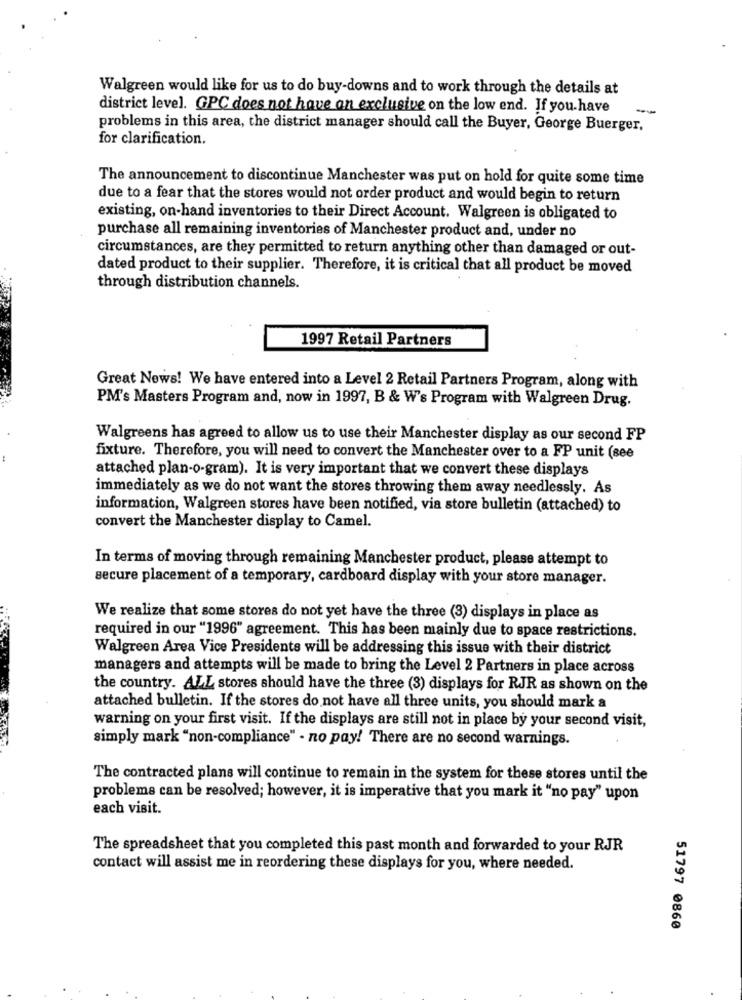
Walgreen would like for us to do buy-downs and to work through the details at
district level. GPC does not have an exclusive on the low end. If you have
-
problems in this area, the district manager should call the Buyer, George Buerger,
for clarification.
The announcement to discontinue Manchester was put on hold for quite some time
due to a fear that the stores would not order product and would begin to return
existing, on-hand inventories to their Direct Account. Walgreen is obligated to
purchase all remaining inventories of Manchester product and, under no
circumstances, are they permitted to return anything other than damaged or out-
dated product to their supplier. Therefore, it is critical that all product be moved
through distribution channels.
1997 Retail Partners
Great News! We have entered into a Level 2 Retail Partners Program, along with
PM's Masters Program and, now in 1997, B & W's Program with Walgreen Drug.
Walgreens has agreed to allow us to use their Manchester display as our second FP
fixture. Therefore, you will need to convert the Manchester over to a FP unit (see
attached plan-o-gram). It is very important that we convert these displays
immediately as we do not want the stores throwing them away needlessly. As
information, Walgreen stores have been notified, via store bulletin (attached) to
convert the Manchester display to Camel.
In terms of moving through remaining Manchester product, please attempt to
secure placement of a temporary, cardboard display with your store manager.
We realize that some stores do not yet have the three (3) displays in place as
required in our "1996" agreement. This has been mainly due to space restrictions.
Walgreen Area Vice Presidents will be addressing this issue with their district
managers and attempts will be made to bring the Level 2 Partners in place across
the country. ALL stores should have the three (3) displays for RJR as shown on the
attached bulletin. If the stores do not have all three units, you should mark a
warning on your first visit. If the displays are still not in place by your second visit,
simply mark "non-compliance" - no pay! There are no second warnings.
The contracted plans will continue to remain in the system for these stores until the
problema can be resolved; however, it is imperative that you mark it "no pay" upon
each visit.
The spreadsheet that you completed this past month and forwarded to your RJR
contact will assist me in reordering these displays for you, where needed.
51797 0860